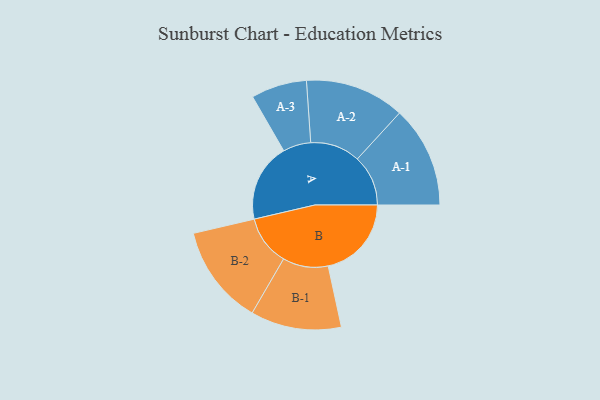
{"axis": {"x": "Segment", "y": "Value"}, "legend": ["", "A", "B"], "data": [{"x": "A", "y": 393, "type": ""}, {"x": "B", "y": 418, "type": ""}, {"x": "A-1", "y": 255, "type": "A"}, {"x": "A-2", "y": 250, "type": "A"}, {"x": "A-3", "y": 140, "type": "A"}, {"x": "B-1", "y": 228, "type": "B"}, {"x": "B-2", "y": 251, "type": "B"}]}